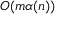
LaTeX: O ( m \alpha ( n ) )